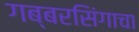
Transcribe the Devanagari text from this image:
गब्बरसिंगाचा